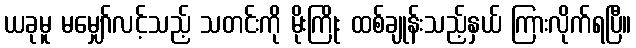
ယခုမူ မမျှော်လင့်သည့် သတင်းကို မိုးကြိုး ထစ်ချုန်းသည့်နှယ် ကြားလိုက်ရပြီ။